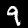
Label: 9